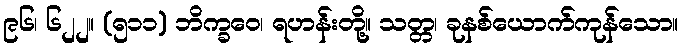
၉၆၊ ၆၂၂။ (၅၁၁) ဘိက္ခဝေ၊ ရဟန်းတို့။ သတ္တ၊ ခုနစ်ယောက်ကုန်သော။